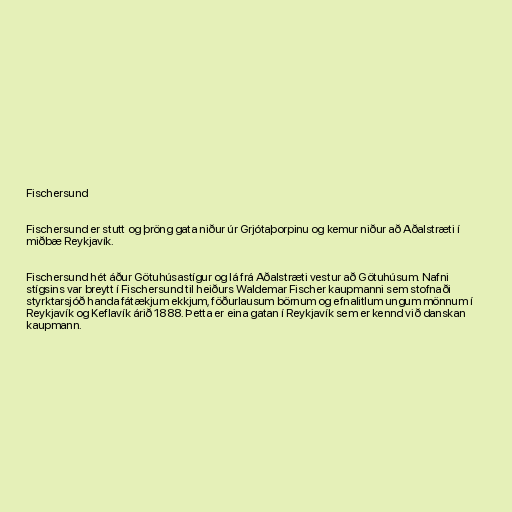
Fischersund

Fischersund er stutt og þröng gata niður úr Grjótaþorpinu og kemur niður að Aðalstræti í
miðbæ Reykjavík.

Fischersund hét áður Götuhúsastígur og lá frá Aðalstræti vestur að Götuhúsum. Nafni
stígsins var breytt í Fischersund til heiðurs Waldemar Fischer kaupmanni sem stofnaði
styrktarsjóð handa fátækjum ekkjum, föðurlausum börnum og efnalitlum ungum mönnum í
Reykjavík og Keflavík árið 1888. Þetta er eina gatan í Reykjavík sem er kennd við danskan
kaupmann.